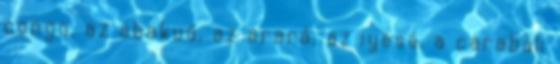
congo, az abakuá, az arará, az iyesá, a carabali